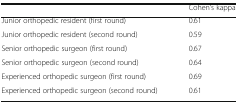
<table><thead><tr><td></td><td><b>Cohen’s kappa</b></td></tr></thead><tbody><tr><td>Junior orthopedic resident (first round)</td><td>0.61</td></tr><tr><td>Junior orthopedic resident (second round)</td><td>0.59</td></tr><tr><td>Senior orthopedic surgeon (first round)</td><td>0.67</td></tr><tr><td>Senior orthopedic surgeon (second round)</td><td>0.64</td></tr><tr><td>Experienced orthopedic surgeon (first round)</td><td>0.69</td></tr><tr><td>Experienced orthopedic surgeon (second round)</td><td>0.61</td></tr></tbody></table>